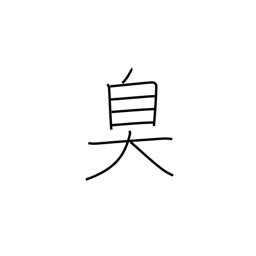
Meaning: be fragrant